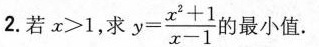
2.若x>1,求y=\frac{x^2+1}{x-1}的最小值.